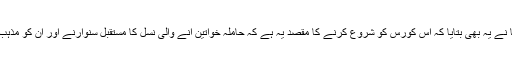
وائس چانسلر پروفیسر نیلما نے یہ بھی بتایا کہ اس کورس کو شروع کرنے کا مقصد یہ ہے کہ حاملہ خواتین آنے والی نسل کا مستقبل سنوارنے اور ان کو مذہب بنانے کے تئیں بیدار ہوں۔